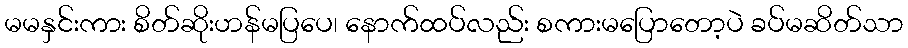
မမနှင်းကား စိတ်ဆိုးဟန်မပြပေ၊ နောက်ထပ်လည်း စကားမပြောတော့ပဲ ခပ်မဆိတ်သာ